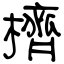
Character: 櫅